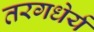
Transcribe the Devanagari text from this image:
तरगधेर्य